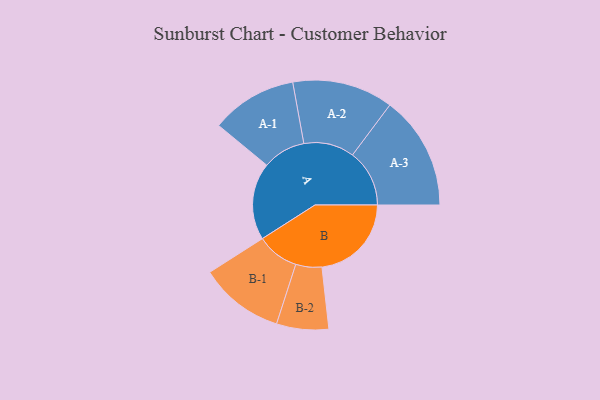
{"axis": {"x": "Segment", "y": "Value"}, "legend": ["", "A", "B"], "data": [{"x": "A", "y": 332, "type": ""}, {"x": "B", "y": 385, "type": ""}, {"x": "A-1", "y": 185, "type": "A"}, {"x": "A-2", "y": 217, "type": "A"}, {"x": "A-3", "y": 245, "type": "A"}, {"x": "B-1", "y": 182, "type": "B"}, {"x": "B-2", "y": 112, "type": "B"}]}